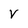
Character: v